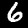
Label: 6